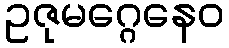
ဥဇုမဂ္ဂေနေဝ